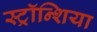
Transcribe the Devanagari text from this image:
स्ट्रॉन्शिया